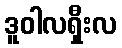
ဒူဝါလရှီးလ